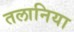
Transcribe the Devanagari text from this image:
तलानिया